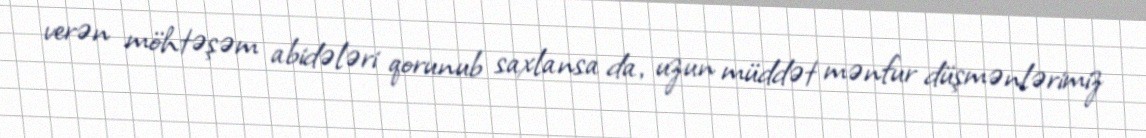
verən möhtəşəm abidələri qorunub saxlansa da, uzun müddət mənfur düşmənlərimiz